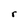
Character: r